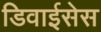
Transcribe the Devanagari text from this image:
डिवाईसेस